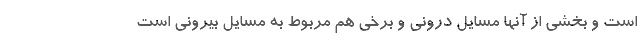
است و بخشی از آنها مسایل درونی و برخی هم مربوط به مسایل بیرونی است